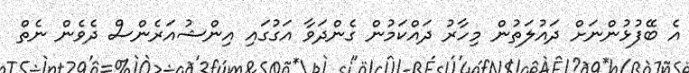
އެ ބޭފުޅުންނަށް ދައުލަތުން މިހާރު ދައްކަމުން ގެންދަވާ އަގުގައި އިންޝުއަރެންސް ދެވެން ނެތް